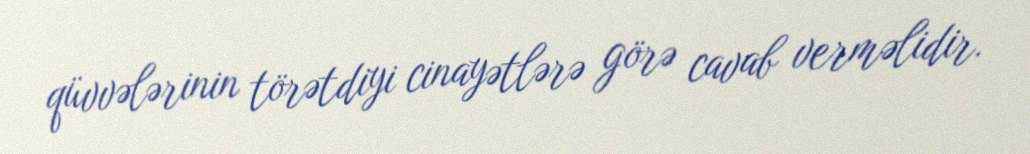
qüvvələrinin törətdiyi cinayətlərə görə cavab verməlidir.